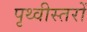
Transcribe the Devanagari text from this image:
पृथ्वीस्तरों